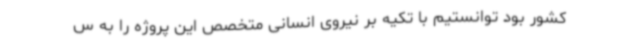
کشور بود توانستیم با تکیه بر نیروی انسانی متخصص این پروژه را به س